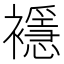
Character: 𧞎